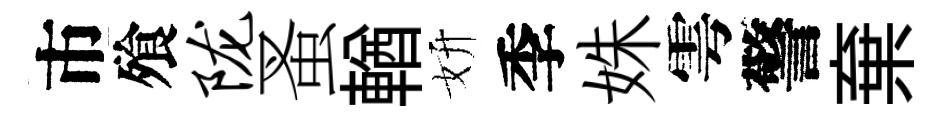
市飱陇蚤輶妍季姝雩警棄